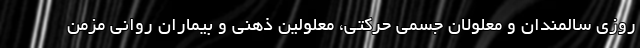
روزی سالمندان و معلولان جسمی حرکتی، معلولین ذهنی و بیماران روانی مزمن